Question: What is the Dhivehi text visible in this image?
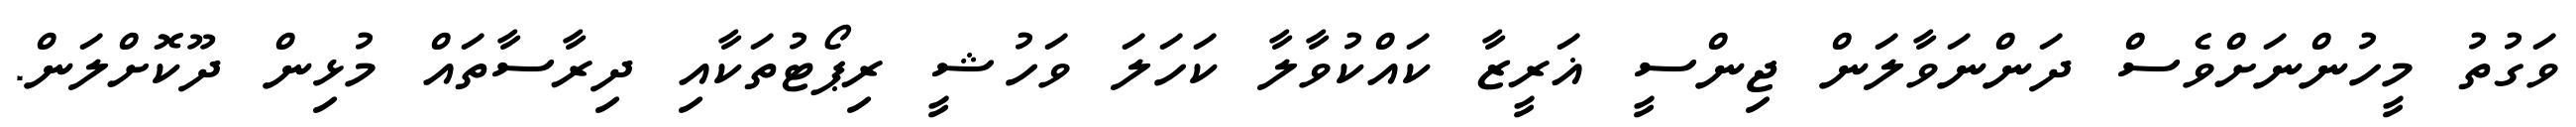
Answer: ވަގުތު މީހުންނަށްވެސް ދަންނަވާލަން ޖިންސީ ޣަރީޒާ ކައްކުވާލާ ކަހަލަ ވަހުޝީ ރިޕޯޓުތަކާއި ދިރާސާތައް މުޅިން ދޫކޮށްލަން.